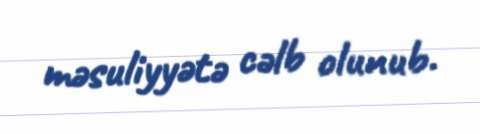
məsuliyyətə cəlb olunub.